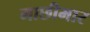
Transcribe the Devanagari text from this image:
माछीमार